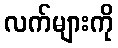
လက်များကို